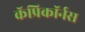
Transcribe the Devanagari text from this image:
कॅप्रिकॉर्नस